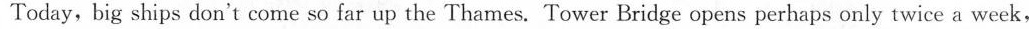
Today, big ships don't come so far up the Thames. Tower Bridge opens perhaps only twice a week,